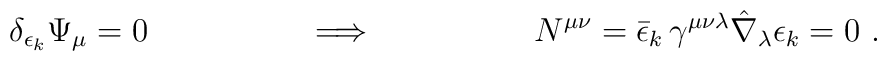
\delta_{\epsilon_k} \Psi_\mu =0 \hskip 2 cm \Longrightarrow \hskip 2 cmN^{\mu\nu}=\bar\epsilon_k\, \gamma^{\mu\nu\lambda}\hat \nabla _\lambda \epsilon_k =0 \ .